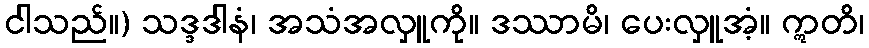
ငါသည်။) သဒ္ဒဒါနံ၊ အသံအလှူကို။ ဒဿာမိ၊ ပေးလှူအံ့။ ဣတိ၊